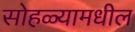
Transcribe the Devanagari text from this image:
सोहळ्यामधील